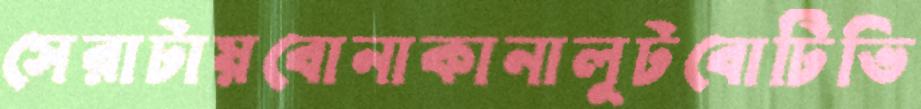
সেরাটায়বোনাকানালুটবোটিভি